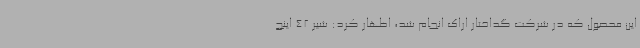
این محصول که در شرکت گداختار اراک انجام شد، اظهار کرد: شیر 42 اینچ